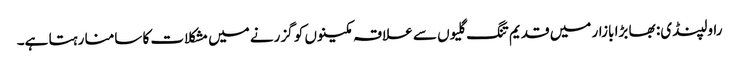
راولپنڈی: بھا بڑا بازار میں قدیم تنگ گلیوں سے علاقہ مکینوں کو گزرنے میں مشکلات کا سامنا رہتا ہے۔